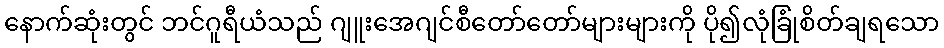
နောက်ဆုံးတွင် ဘင်ဂူရီယံသည် ဂျူးအေဂျင်စီတော်တော်များများကို ပို၍လုံခြုံစိတ်ချရသော